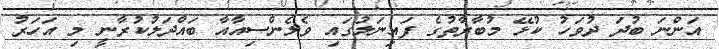
އަންނަ ބުދަ ދުވަހު ކުޅޭ މުބާރާތުގެ ފައިނަލުގައި ވެލެންސިއާއާ ބައްދަލުކުރާނީ މި އަހަރު